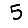
Digit: 5